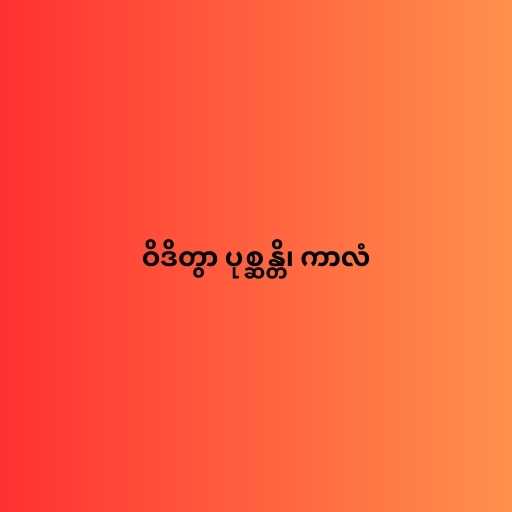
ဝိဒိတွာ ပုစ္ဆန္တိ၊ ကာလံ